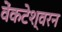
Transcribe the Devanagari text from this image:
वेंकटेश्वरन